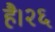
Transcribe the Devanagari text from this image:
है।२६